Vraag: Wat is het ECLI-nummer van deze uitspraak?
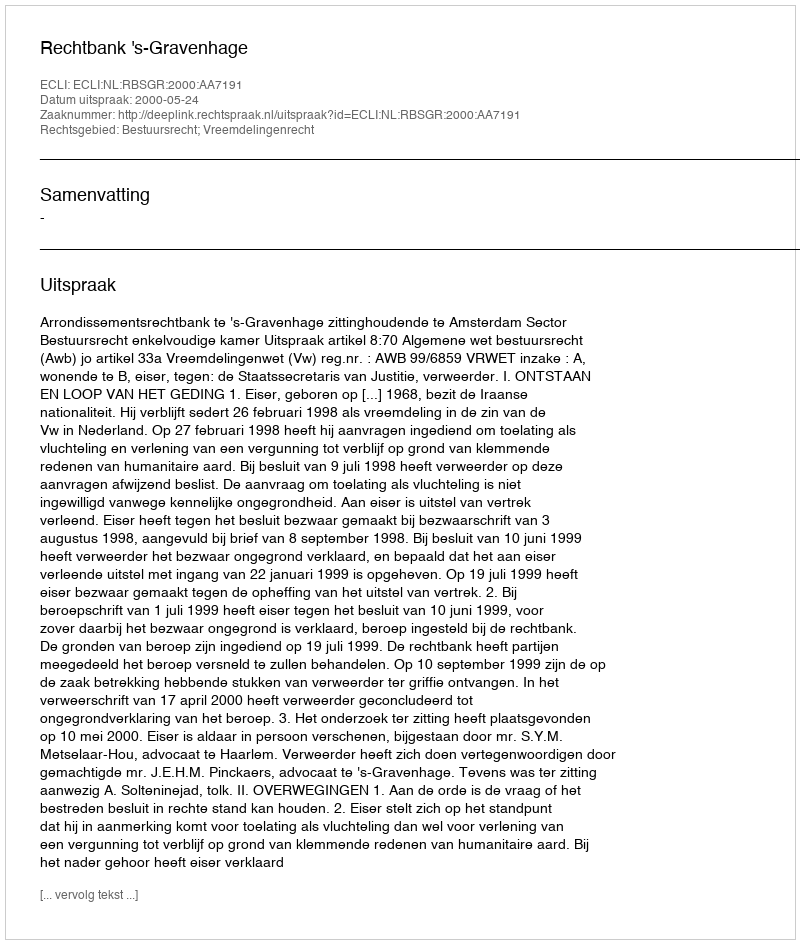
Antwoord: ECLI:NL:RBSGR:2000:AA7191